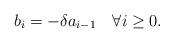
LaTeX: \begin{align*}b_i = -\delta a_{i-1} ~~~ \forall i \geq 0.\end{align*}